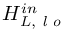
H _ { L , \textit { l o } } ^ { i n }